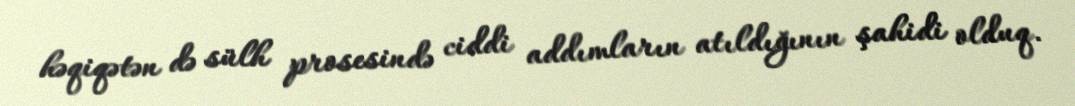
həqiqətən də sülh prosesində ciddi addımların atıldığının şahidi olduq.